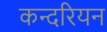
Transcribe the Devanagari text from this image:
कन्दरियन